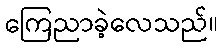
ကြေညာခဲ့လေသည်။